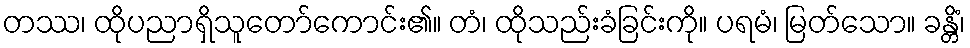
တဿ၊ ထိုပညာရှိသူတော်ကောင်း၏။ တံ၊ ထိုသည်းခံခြင်းကို။ ပရမံ၊ မြတ်သော။ ခန္တိံ၊